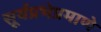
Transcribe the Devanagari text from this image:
सूर्यप्रभेप्रमाणे